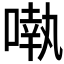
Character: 𠽃